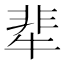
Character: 㹃